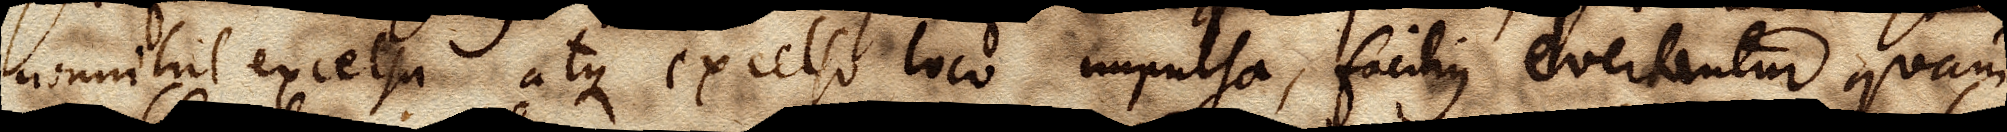
nonnihil excelsa atque excelso loco impulsa, facilius evertantur quam